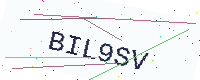
Text: BIL9SV